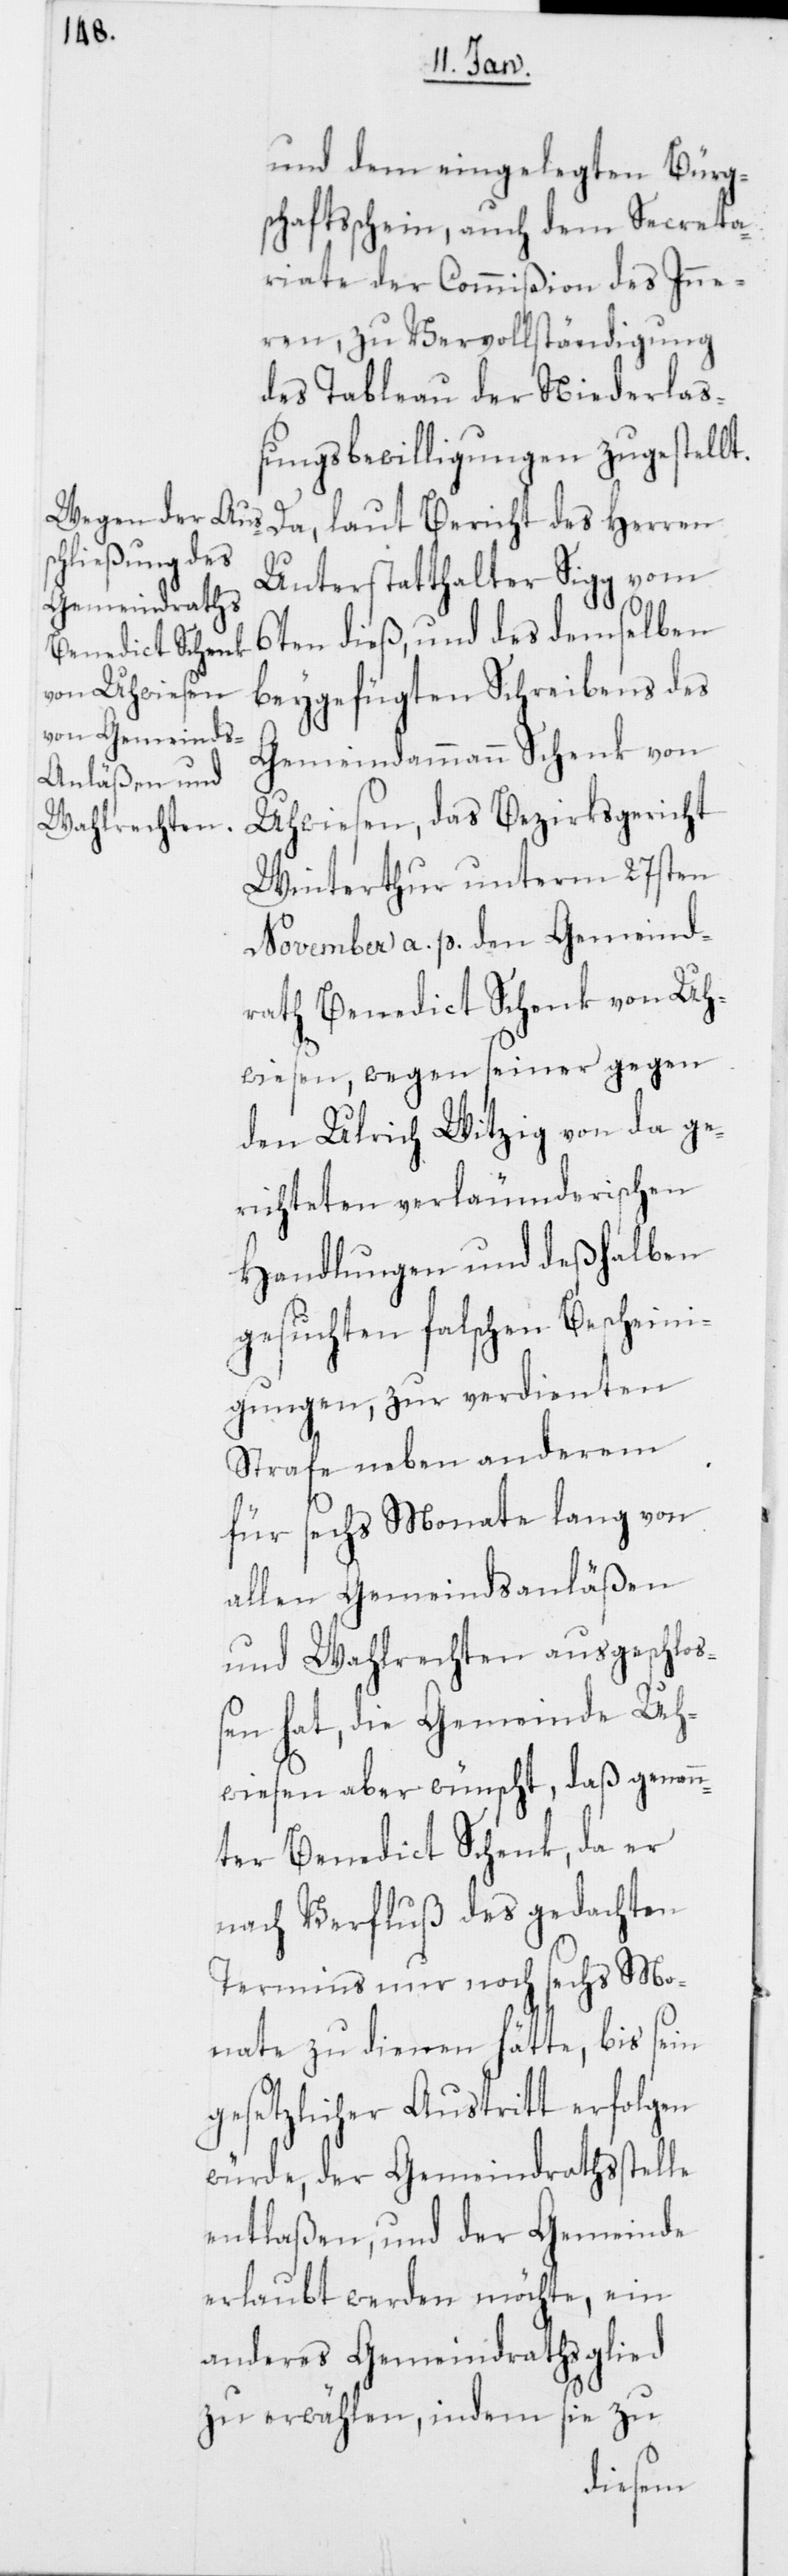
und dem eingelegten Bürg¬
schaftsschein, auch dem Secreta¬
riate der Commißion des Inne¬
ren, zu Vervollständigung
des Tableau der Niederlaß¬
ungsbewilligungen zugestellt.
Da, laut Bericht des Herren
Unterstatthalter Sigg vom
6ten dieß, und des demselben
beygefügten Schreibens des
Gemeindammann Schenk von
Uhwiesen, das Bezirksgericht
Winterthur unterm 27ten
November a. p. den Gemeind¬
rath Benedict Schenk von Uh¬
wiesen, wegen seiner gegen
den Ulrich Witzig von da ge¬
richteten verläumderischen
Handlungen und deßhalben
gesuchten falschen Bescheini¬
gungen, zur verdienten
Strafe neben anderem
für sechs Monate lang von
allen Gemeindsanläßen
und Wahlrechten ausgeschloß¬
en hat, die Gemeinde Uh¬
wiesen aber wünscht, daß genann¬
ter Benedict Schenk, da er
nach Verfluß des gedachten
Termins nur noch sechs Mo¬
nate zu dienen hätte, bis sein
gesetzlicher Austritt erfolgen
würde, der Gemeindrahsstelle
entlaßen, und der Gemeinde
erlaubt werden möchte, ein
anderes Gemeindrathsglied
zu erwählen, indem sie zu